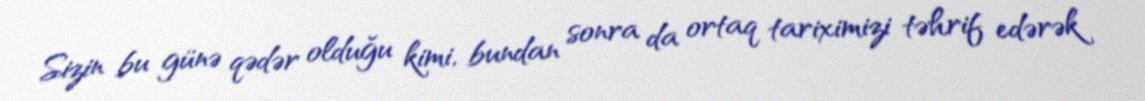
Sizin bu günə qədər olduğu kimi, bundan sonra da ortaq tariximizi təhrif edərək